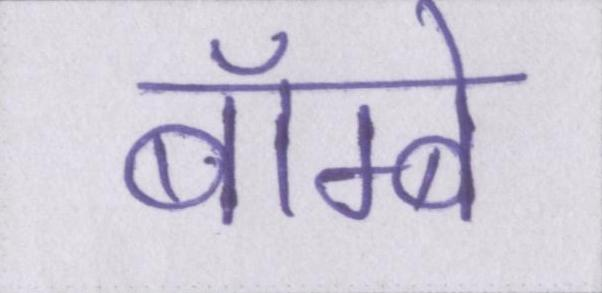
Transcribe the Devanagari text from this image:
बॅाम्बे